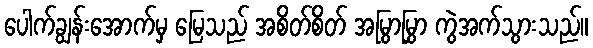
ပေါက်ချွန်းအောက်မှ မြေသည် အစိတ်စိတ် အမြွာမြွှာ ကွဲအက်သွားသည်။